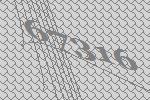
67316